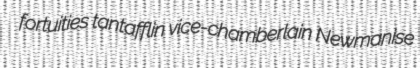
fortuities tantafflin vice-chamberlain Newmanise